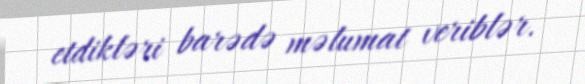
etdikləri barədə məlumat veriblər.